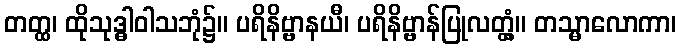
တတ္ထ၊ ထိုသုဒ္ဓါဝါသဘုံ၌။ ပရိနိဗ္ဗာနယီ၊ ပရိနိဗ္ဗာန်ပြုလတ္တံ့။ တသ္မာလောကာ၊